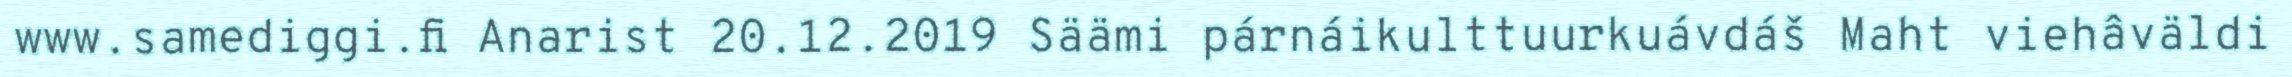
www.samediggi.fi Anarist 20.12.2019 Säämi párnáikulttuurkuávdáš Maht viehâväldi